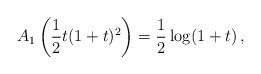
LaTeX: \begin{align*}A_1\left(\frac{1}{2} t(1+t)^2\right)=\frac{1}{2} \log (1+t)\, ,\end{align*}